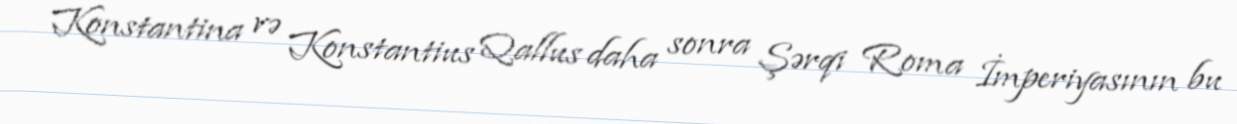
Konstantina və Konstantius Qallus daha sonra Şərqi Roma İmperiyasının bu